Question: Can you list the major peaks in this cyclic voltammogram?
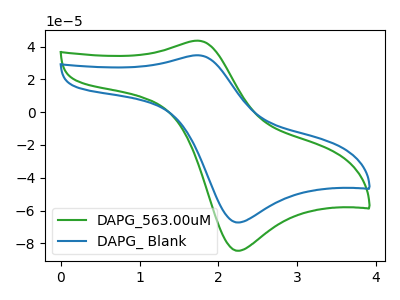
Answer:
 <answer>The green curve "DAPG_563.00uM" has an anodic peak at (1.75V, 43.65uA) and a cathodic peak at (2.25V, -84.55uA). The blue curve "DAPG_ Blank" has an anodic peak at (1.75V, 34.75uA) and a cathodic peak at (2.25V, -67.30uA).</answer>
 <eval></eval>